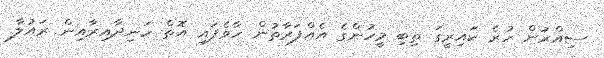
ސިއްރުން ހުރެ ކައިރީގަ ތިބި މީހުންގެ އެއްފަރާތުން ހާވެފައި އޮތް ހަނިދާއިރާއިން ރައުލާ